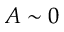
A \sim 0